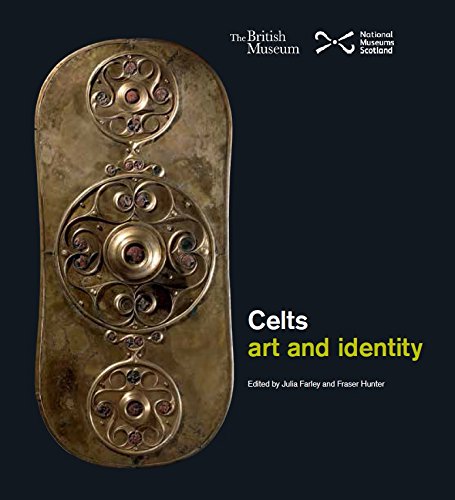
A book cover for Celts: Art and Identity; History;